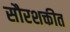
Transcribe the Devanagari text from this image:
सौरशक्तीत